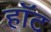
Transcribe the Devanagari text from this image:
हाॅट